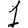
Digit: 1